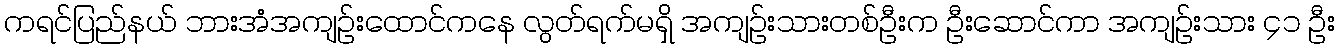
ကရင်ပြည်နယ် ဘားအံအကျဉ်းထောင်ကနေ လွတ်ရက်မရှိ အကျဉ်းသားတစ်ဦးက ဦးဆောင်ကာ အကျဉ်းသား ၄၁ ဦး